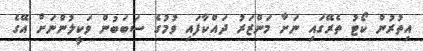
އިތުރުން ކޯޓު ތެރޭގައި ނަށާ މަންޒަރު ދައްކާފައި ވުމުގެ ސަބަބުން ވަކީލުންނަށް އޭގެ